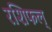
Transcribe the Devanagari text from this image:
रशिफल्